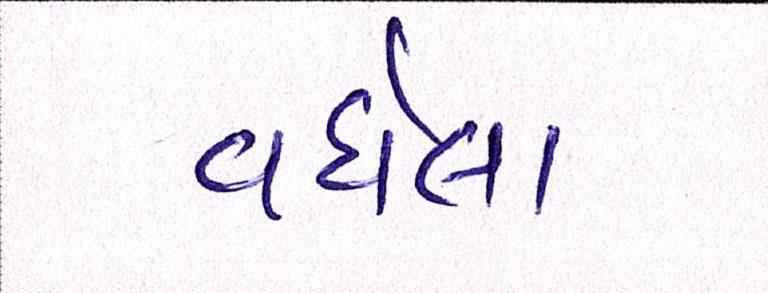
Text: વધેલા